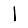
Digit: 1